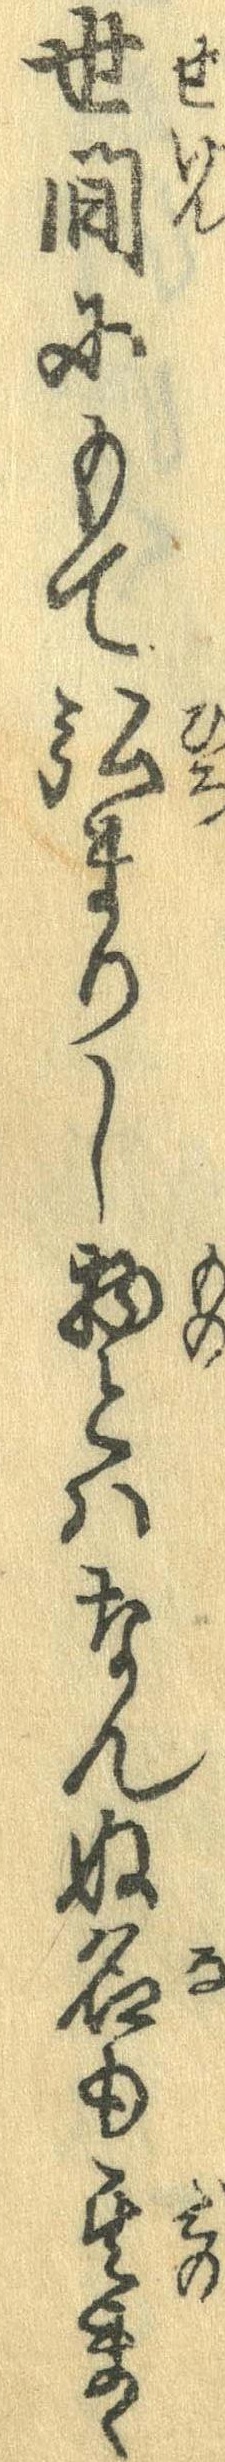
世間にもて弘まりし物とはなんぬ名も其まゝ